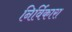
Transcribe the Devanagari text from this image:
निर्विकारा